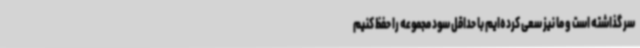
سر گذاشته است و ما نیز سعی کرده‌ایم با حداقل سود مجموعه را حفظ کنیم